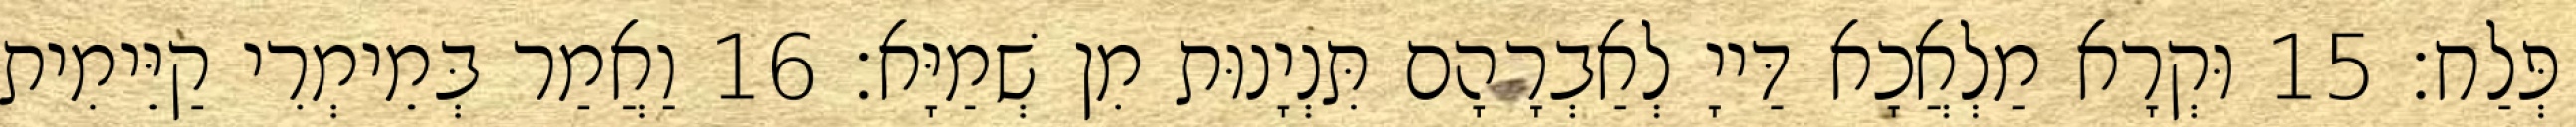
פְּלַח׃ 15 וּקְרָא מַלְאֲכָא דַּייָ לְאַבְרָהָם תִּנְיָנוּת מִן שְׁמַיָּא׃ 16 וַאֲמַר בְּמֵימְרִי קַיֵּימִית